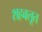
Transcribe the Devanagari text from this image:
शहबलूत